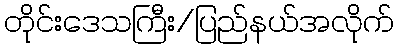
တိုင်းဒေသကြီး/ပြည်နယ်အလိုက်